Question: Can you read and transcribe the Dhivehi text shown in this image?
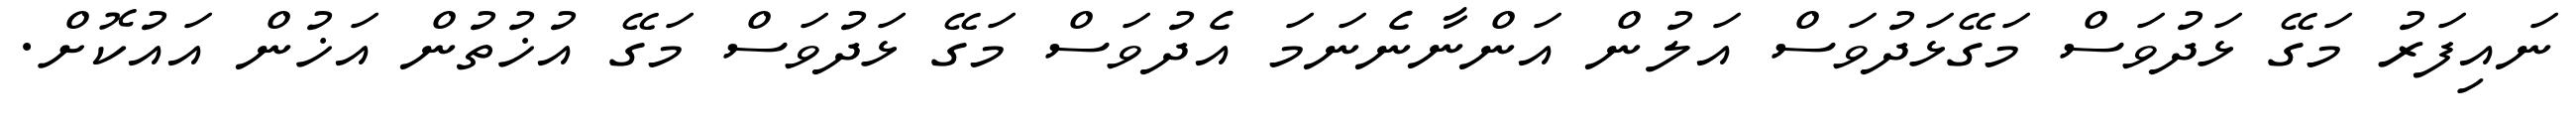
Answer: ނައިފަރު މަގޭ ޅަދުވަސް މަގޭޅަދުވަސް އަލުން އަންނާނެނަމަ އެދުވަސް މަގޭ ޅަދުވަސް މަގޭ އުޚުތުން އަޚުން އައުކޮށް.